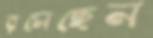
রসেছেন